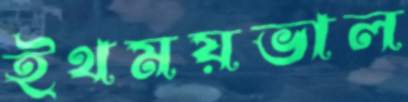
ইথময়ভাল